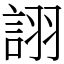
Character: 詡